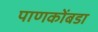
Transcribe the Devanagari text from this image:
पाणकोंबडा